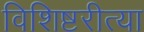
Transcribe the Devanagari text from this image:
विशिष्टरीत्या